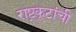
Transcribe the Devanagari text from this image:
राष्ट्रकूटांची